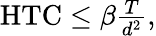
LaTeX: \begin{array}{r}{\textrm{HTC}\leq\beta\frac{T}{d^{2}},}\end{array}